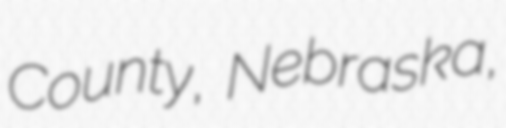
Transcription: County, Nebraska,